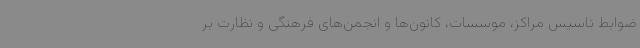
ضوابط تاسیس مراکز، موسسات، کانون‌ها و انجمن‌های فرهنگی و نظارت بر